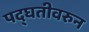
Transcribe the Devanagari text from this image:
पद्घतीवरुन